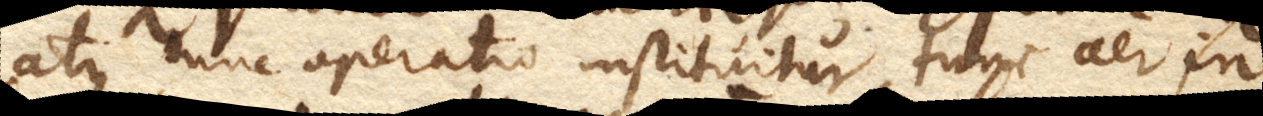
atque tunc operatio instituitur, tunc aer in